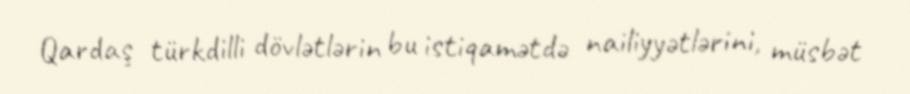
Qardaş türkdilli dövlətlərin bu istiqamətdə nailiyyətlərini, müsbət